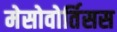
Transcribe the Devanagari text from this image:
मेसोवोर्तिसस